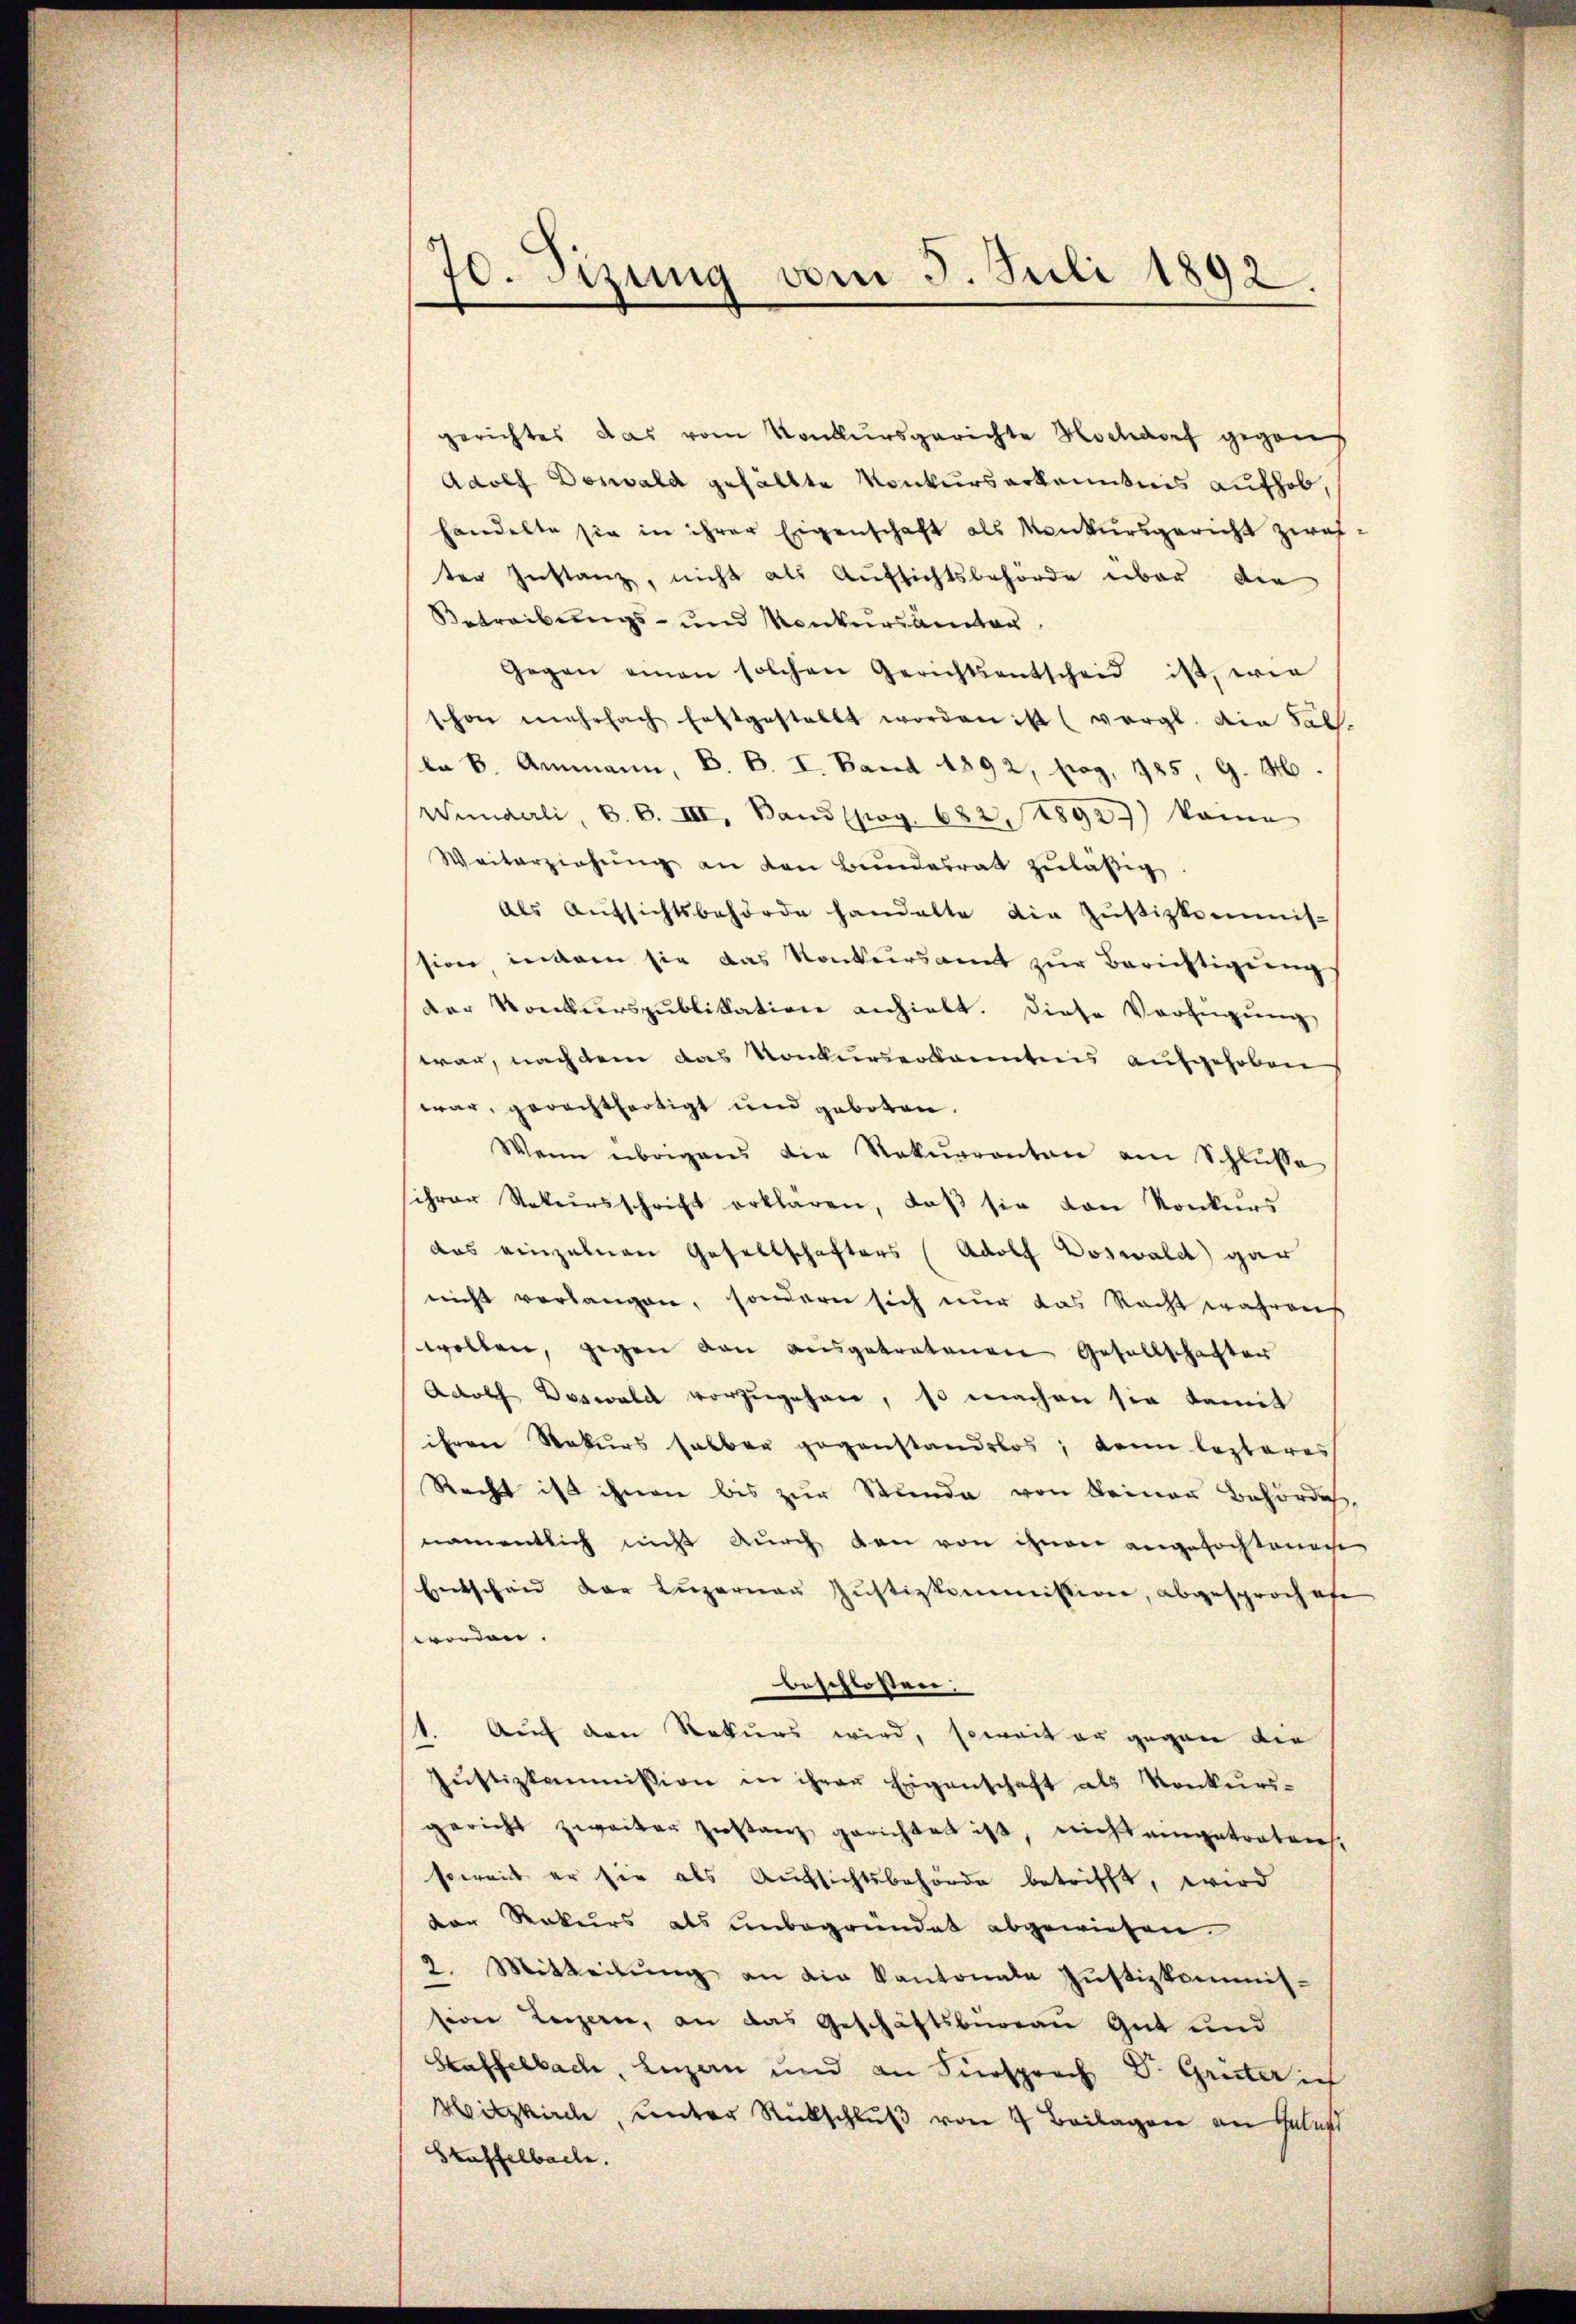
70. Sizung vom 5. Juli 1892.

gerichtes das vom Konkursgerichte Hochdorf gegen
Adolf Doswald gefällte Konkurserkanntnis aufhob,
handelte sie in ihrer Eigenschaft als Konkursgericht zwaften Instanz, nicht als Aŭfsichtsbehörde über die
Betreibungs- und Konkursämter
Gegen einen solchen Gerichtsentscheid ist, wie
schon mehrfach Erstgestellt worden ist (vergl. die 50.
la B. Ammann, B. B. I. Band 1892, pag. 185, G. H
Winderli, B. B. III, Band (pag. 682. 1892) kame
Weiterziehŭng an den Bŭndesrat zuläßig
als Aŭfsichtsbehörde handelte die Zŭstizkommis-
ssion indem sie das Konkursamt zur Berichtigungs
der Konkurspublikation anhielt. Diese Verfügŭng
war, nachdem das Konkurserkanntnis aufgehoben
war, gerechtfertigt und geboten.
Wann übrigens die Rekurrenten am Schlŭsse
sihrer Sekursschrift erklären, daβ sie von Konkŭrs
das einzelnen Gesellschafters (Adolf Doswald gar
nicht verlangen, sondern sich nur das Recht wahren
wollen, gegen von ausgetretenen Gesellschaften
Adolf Doswald vorzugehen, so machen sie damit
ihren Rekurs halber gegenstandslos, kann lezteres
Recht ist ihnen bis zur Stunde von keiner Behörde,
namentlich nicht durch den von ihnen angefochten
Entscheid der Luzerner Justizkommission, abgesproche
worden.
beschlossen,
1. Auf den Rekurs wird, soweit er gegen die
Jŭstizkommission in ihrer Eigenschaft als Konkurs-
gericht zweiter Zustanz gerichtet ist, nicht eingetraten,
soweit er sie als Aufsichtsbehörde betrifft, wird
dor Rekurs als unbegründet abgewiesen.
2. Mitteilŭng an die Kantonale Justizkommis-
sion Lenzern, an das Geschäftsbüreau Gut und
Staffelbach, Luzern und an Fürsprach Dr. Grüter ich
Hitzkirch, unter Rückschluß von 4 Beilagen an Gelegt
Staffelbache.